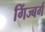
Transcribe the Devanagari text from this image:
गिंज्बर्ग